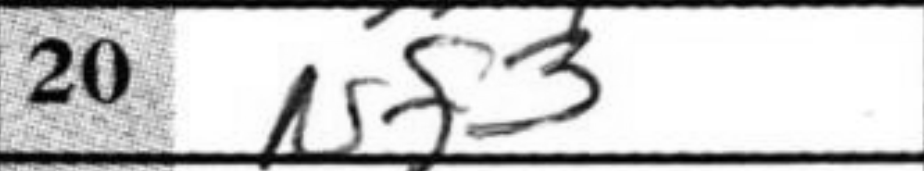
Transcription: Nf3